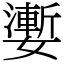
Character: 嬱